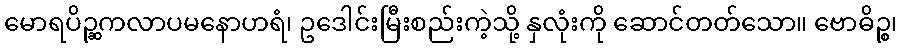
မောရပိဉ္ဆကလာပမနောဟရံ၊ ဥဒေါင်းမြီးစည်းကဲ့သို့ နှလုံးကို ဆောင်တတ်သော။ ဗောဓိဉ္စ၊